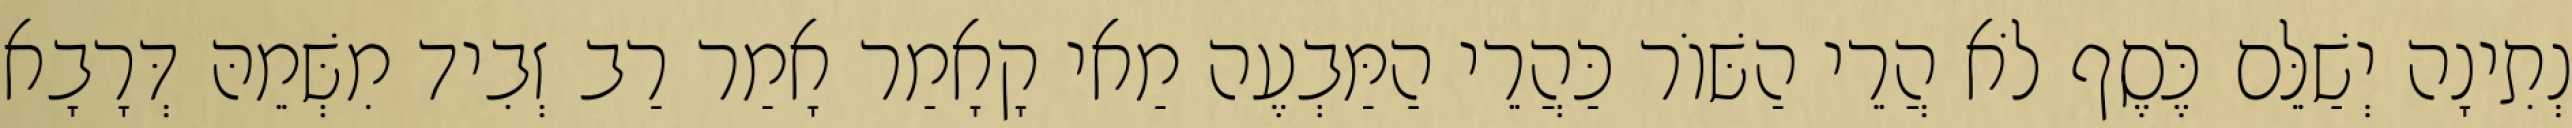
נְתִינָה יְשַׁלֵּם כֶּסֶף לֹא הֲרֵי הַשּׁוֹר כַּהֲרֵי הַמַּבְעֶה מַאי קָאָמַר אָמַר רַב זְבִיד מִשְּׁמֵהּ דְּרָבָא